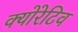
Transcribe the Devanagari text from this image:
क्योरेटिव